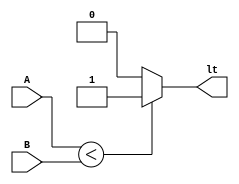
module comparator(A, B, lt);
parameter Data_width = 4;
input [Data_width - 1:0] A;
input [Data_width - 1:0] B;
output reg lt;

always @ (A or B)
begin
    lt <= 1'b0;
    if (A < B)
        lt <= 1'b1;
end
endmodule